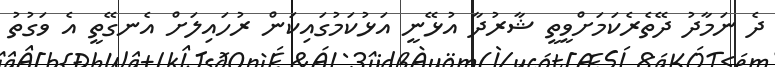
ދެ ނަމާދު ދޭތެރެކަމަށްވީތީ ޝާރުދާ އުޅޭނީ އަޅުކަމުގައިކަން ރުހައިލަށް އެނގޭތީ އެ ވަގުތު